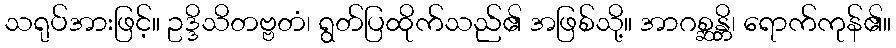
သရုပ်အားဖြင့်။ ဥဒ္ဒိသိတဗ္ဗတံ၊ ရွတ်ပြထိုက်သည်၏ အဖြစ်သို့။ အာဂစ္ဆန္တိ၊ ရောက်ကုန်၏။